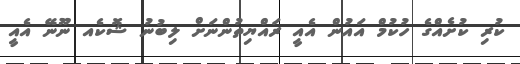
ކުރި ކުށެއްގެ ހުކުމް އައުން އެއީ ރައްޔިތުންނަށް ލިބުނު ޝޮކެއ ނޫނޭ އެއީ